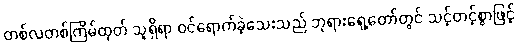
တစ်လတစ်ကြိမ်ထုတ် သူရှိရာ ဝင်ရောက်ခဲ့သေးသည် ဘုရားရှေ့တော်တွင် သင့်တင့်စွာဖြင့်